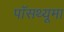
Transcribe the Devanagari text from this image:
पॉसथ्यूमा